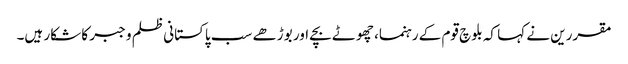
مقررین نے کہا کہ بلوچ قوم کے رہنما، چھوٹے بچے اور بوڑھے سب پاکستانی ظلم و جبر کا شکار ہیں۔